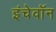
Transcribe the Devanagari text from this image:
इंचेवॉन